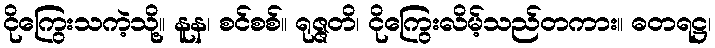
ငိုကြွေးသကဲ့သို့။ နူန၊ စင်စစ်။ ရုဇ္ဇတိ၊ ငိုကြွေးလိမ့်သည်တကား။ ဓတရဋ္ဌ၊